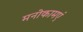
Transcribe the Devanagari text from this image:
मनोकामएं